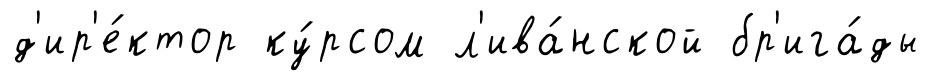
д'ир'е́ктор ку́рсом л'ива́нской бр'ига́ды